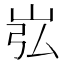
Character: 𪨮